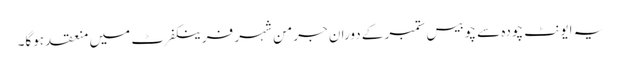
یہ ایونٹ چودہ سے چوبیس ستمبر کے دوران جرمن شہر فرینکفرٹ میں منعقد ہوگا۔